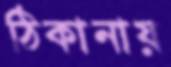
ঠিকানায়